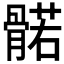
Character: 𮪰